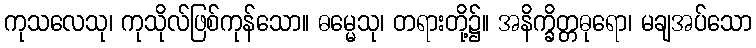
ကုသလေသု၊ ကုသိုလ်ဖြစ်ကုန်သော။ ဓမ္မေသု၊ တရားတို့၌။ အနိက္ခိတ္တဓုရော၊ မချအပ်သော